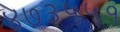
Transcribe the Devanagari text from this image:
४७३५५१